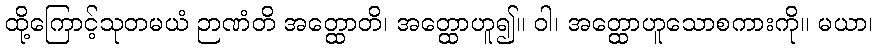
ထို့ကြောင့်သုတမယံ ဉာဏံတိ အတ္ထောတိ၊ အတ္ထောဟူ၍။ ဝါ၊ အတ္ထောဟူသောစကားကို။ မယာ၊